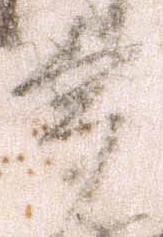
多